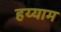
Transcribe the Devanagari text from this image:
हय्याम